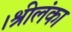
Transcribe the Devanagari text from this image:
।श्रीलंका